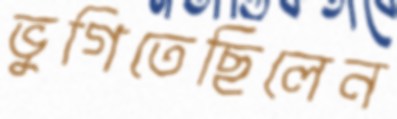
ভুগিতেছিলেন